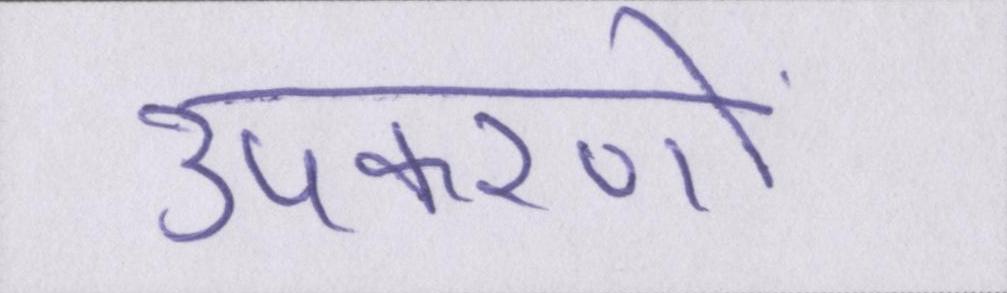
उपकरणों